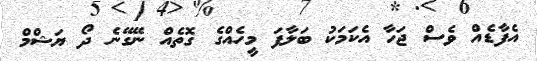
އެފާޑެއް ވެސް ޖަހާ އެކަމަކު ބަލާފަ މީހެއްގެ ގޮތެއް ނޭގޭނެ ދޯ ޔަޝްމް